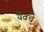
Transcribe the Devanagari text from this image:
येवचे